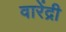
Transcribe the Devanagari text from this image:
वारेंद्री